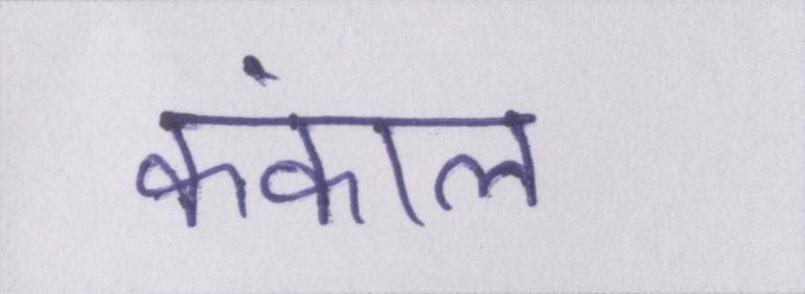
कंकाल